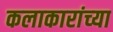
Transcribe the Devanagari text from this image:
कलाकारांच्‍या